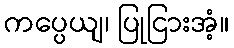
ကပ္ပေယျ၊ ပြုငြားအံ့။